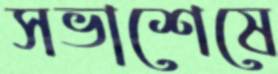
সভাশেষে